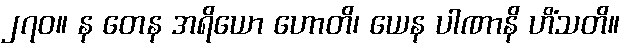
၂၇၀။ န တေန အရိယော ဟောတိ၊ ယေန ပါဏာနိ ဟိံသတိ။